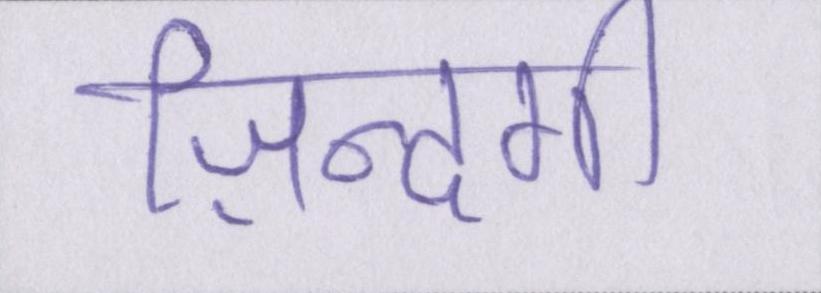
ज़िन्दगी